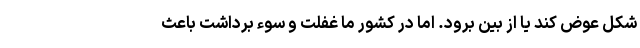
شکل عوض کند یا از بین برود. اما در کشور ما غفلت و سوء‌ برداشت باعث